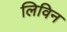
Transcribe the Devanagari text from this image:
लिविन